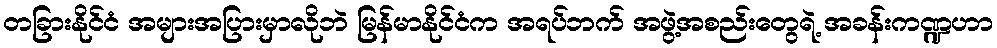
တခြားနိုင်ငံ အများအပြားမှာလိုဘဲ မြန်မာနိုင်ငံက အရပ်ဘက် အဖွဲ့အစည်းတွေရဲ့ အခန်းကဏ္ဍဟာ